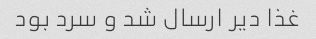
غذا دیر ارسال شد و سرد بود